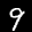
Label: 9